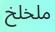
ملخلخ